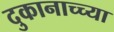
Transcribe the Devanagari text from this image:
दुकानाच्च्या